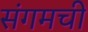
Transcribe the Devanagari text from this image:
संगमची